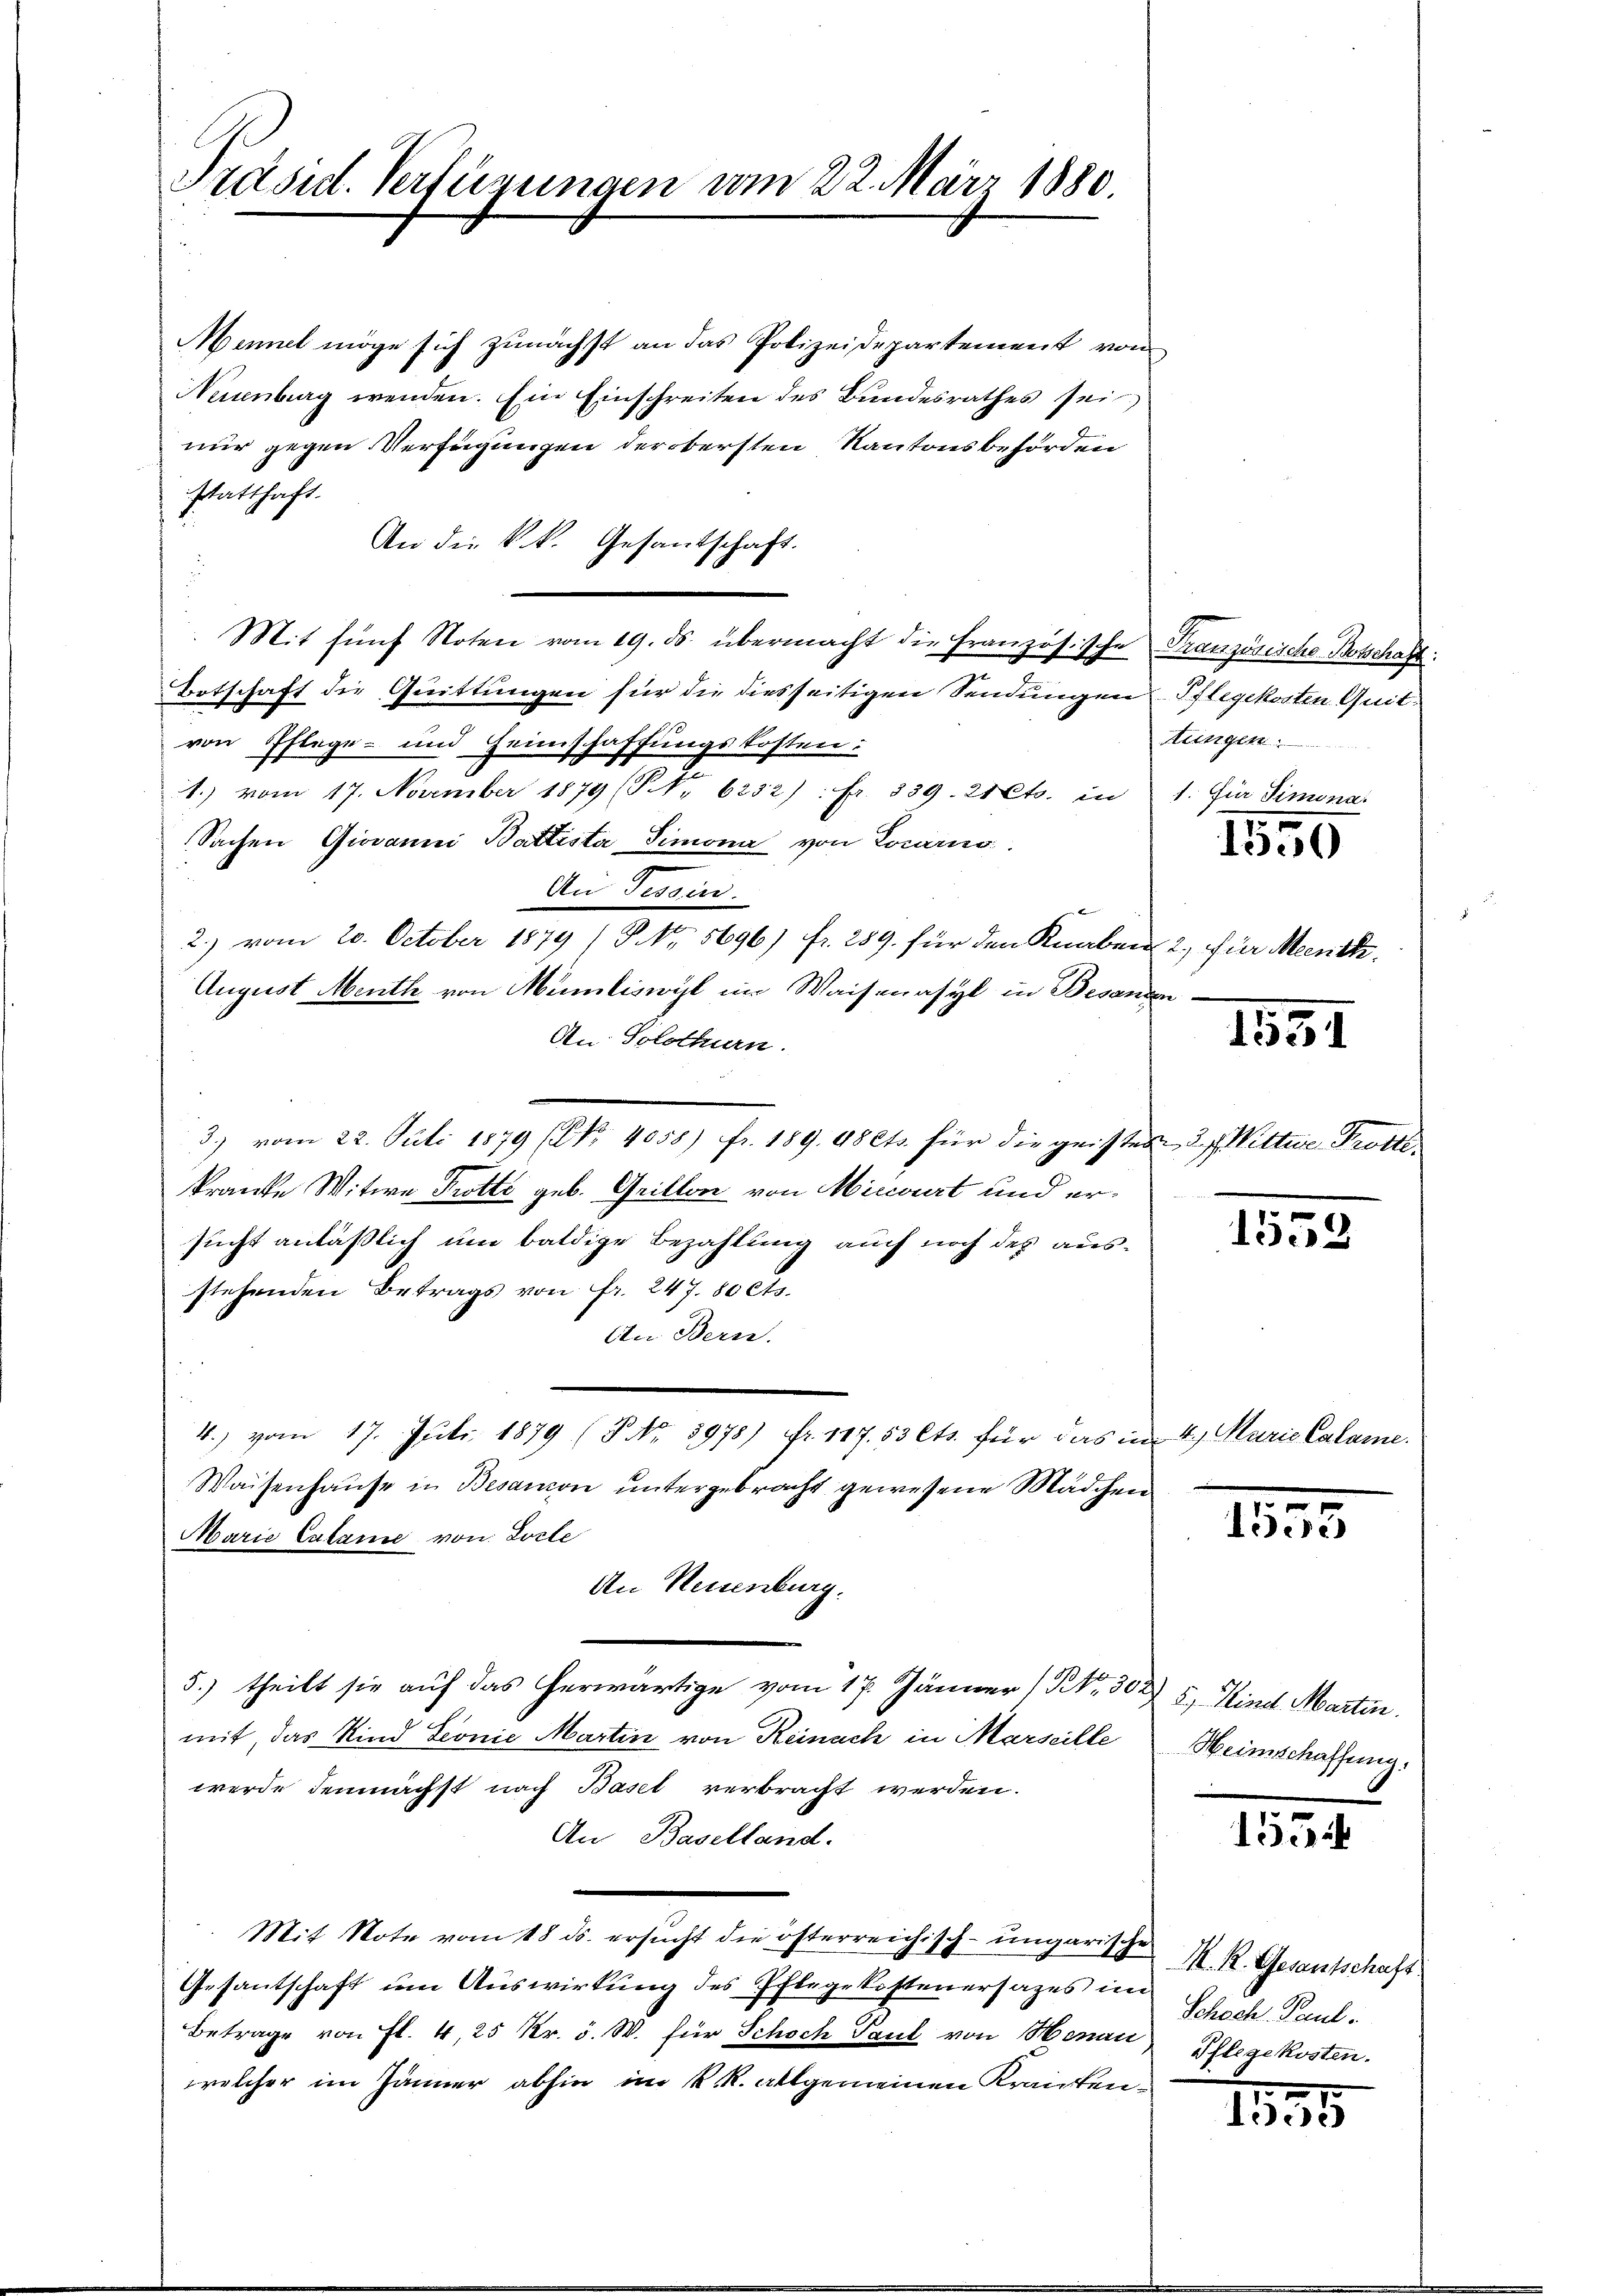
Präsid. Verfügungen vom 22. März 1880.

Maniel möge sich zunächst an das Polizeidepartement von
Naenberg wenden. Ein Einschreiten des Bundesrathes sei
nur gegen Verfügungen der obersten Kantonsbehörden
statthaft.
An die k.k. Gesandschaft.
Mit fünf Noten vom 19. ds. übermacht die Französische
Botschaft die Quittungen für die diesseitigen Sendungen Pflegekosten Quitvon Pflege- und Heimschaffungskosten:
1.) vom 17. November 1879 (S. Nr. 6232): fr. 339. 21 Cts. in
Sachen Giovanni Battista Simona von Locarno.
An Verein.
2.) vom 20. October 1879 (NNo. 5696) fr. 289. für den Knaben 2, für Menck¬
August Menth von Münliswyl im Waisenasyl in Besanden
An Solothurn.
kranke Witwe Protto geb. Grillon von Miccourt und ersucht anläßlich um baldige Bezahlung auch noch des ausstehenden Betrags von fr. 247. 80 Cts.
An Bern.
4.) vom 17. Juli 1879 (P. Nr. 5978) fr. 117. 53 Cts. für das im 4. Marie Calame.
Waisenhause in Besamon untergebracht gewesene Mädchen
Marie Calame von Loste
An Neuenburg.
5.) theilt sie auf das herwärtige vom 17. Jänner 1 Nr. 302 5 Kind Martin.
mit, das Kind Seonie Martin von Reinach in Marseille
werde demnächst nach Basel verbracht werden.
An Baselland.
Mit Note vom 18 ds. ersucht die österreichisch-ungarische
Gesantschaft um Auswirkung des Pflegekostenersazes im
Betrage von Fl. 4 25 Kr. v. W. für Schoch Paul von Honau, Pflegekosten.
welcher im Jänner abhin im k. R. allgemeinen Kranken¬

3.) vom 22. Juli 1879 (Nr. 4055) fr. 189. 98ets. für die geistes 2 f. Wittene Trotte

Französische Botschaft
Mge
1. Für Simona

¬

1550

1531

1553

.
ere

Heimschaffung.

1554

M. R. Gesantschaft
Schoch Paul.

1575